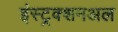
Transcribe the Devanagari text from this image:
इंस्ट्रक्शनअल